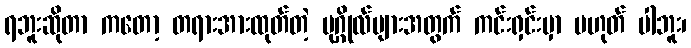
ရဘူးဆိုတာ ကတော့ တရားအားထုတ်တဲ့ ပုဂ္ဂိုလ်များအတွက် ကင်းရှင်းမှာ မဟုတ် ပါဘူး၊